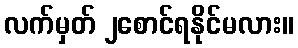
လက်မှတ် ၂စောင်ရနိုင်မလား။